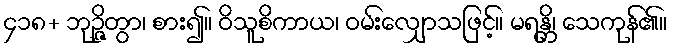
၄၁၈+ ဘုဉ္ဇိတွာ၊ စား၍။ ဝိသူစိကာယ၊ ဝမ်းလျှောသဖြင့်။ မရန္တိ၊ သေကုန်၏။